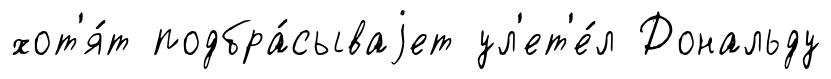
хот'я́т подбра́сываjет ул'ет'е́л Дональду